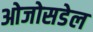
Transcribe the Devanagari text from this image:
ओजोसडेल